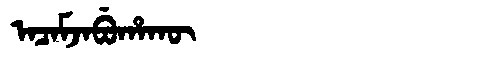
Manchu: ᠠᠴᠠᠮᠵᠠᠪᡠᡥᠠᡴᡡ
Romanization: ACAMJABUHAKŪ